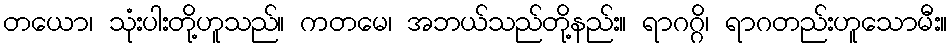
တယော၊ သုံးပါးတို့ဟူသည်။ ကတမေ၊ အဘယ်သည်တို့နည်း။ ရာဂဂ္ဂိ၊ ရာဂတည်းဟူသောမီး။